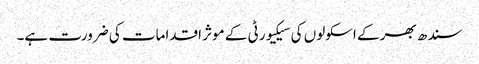
سندھ بھر کے اسکولوں کی سیکیورٹی کے موثر اقدامات کی ضرورت ہے۔